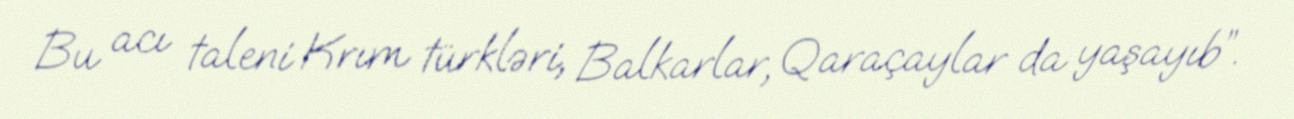
Bu acı taleni Krım türkləri, Balkarlar, Qaraçaylar da yaşayıb”.